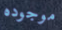
موجوده